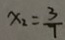
x _ { 2 } = \frac { 3 } { 7 }